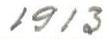
1913